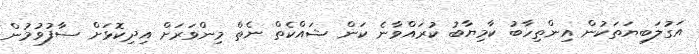
އަގުލަބިޔަތަކުން އިންތިހާބު ކާމިޔާބު ކުރައްވާނެ ކަން ޝައްކެތް ނެތް މިންވަރަށް އިދިކޮޅަށް ސާފުވުމުން